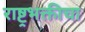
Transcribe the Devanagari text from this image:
राष्ट्रभक्तीचा